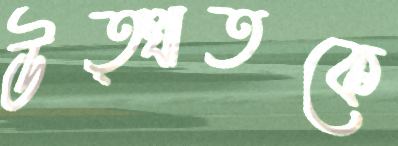
উত্খাতকে